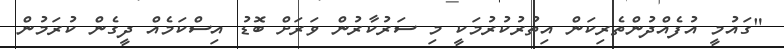
"ގައުމީ އުފެއްދުންތެރިކަން އިތުރުކުރުމަކީ މި ސަރުކާރުން ވަރަށް ބޮޑު އިސްކަމެއް ދީގެން ކުރަމުން